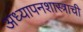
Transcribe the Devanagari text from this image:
अध्यापनशास्त्राची